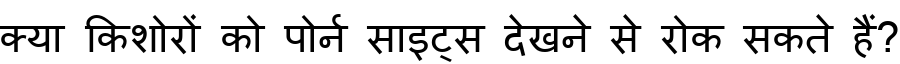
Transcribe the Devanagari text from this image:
क्या किशोरों को पोर्न साइट्स देखने से रोक सकते हैं?